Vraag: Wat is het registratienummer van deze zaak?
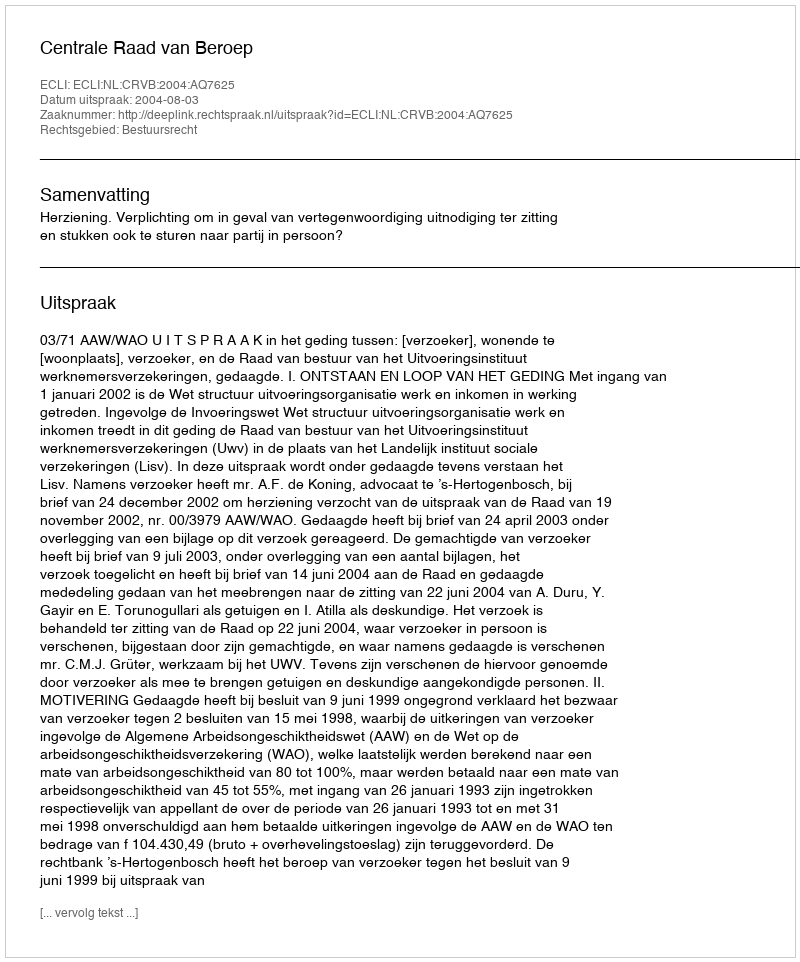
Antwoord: http://deeplink.rechtspraak.nl/uitspraak?id=ECLI:NL:CRVB:2004:AQ7625